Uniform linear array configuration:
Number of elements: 12
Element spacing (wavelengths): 0.25
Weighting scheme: exponential
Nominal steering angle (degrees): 15
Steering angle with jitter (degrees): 15.027
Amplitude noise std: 0.05
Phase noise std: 0.05

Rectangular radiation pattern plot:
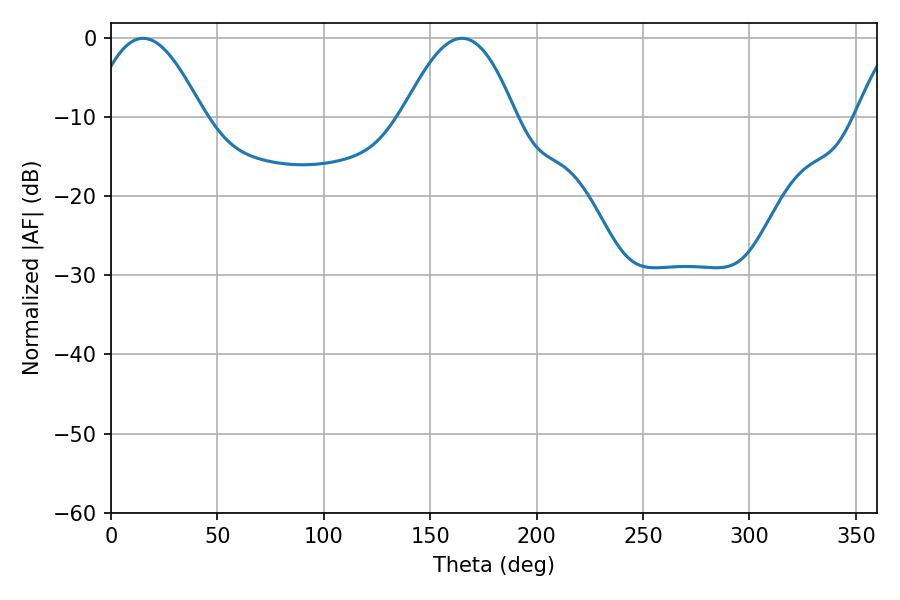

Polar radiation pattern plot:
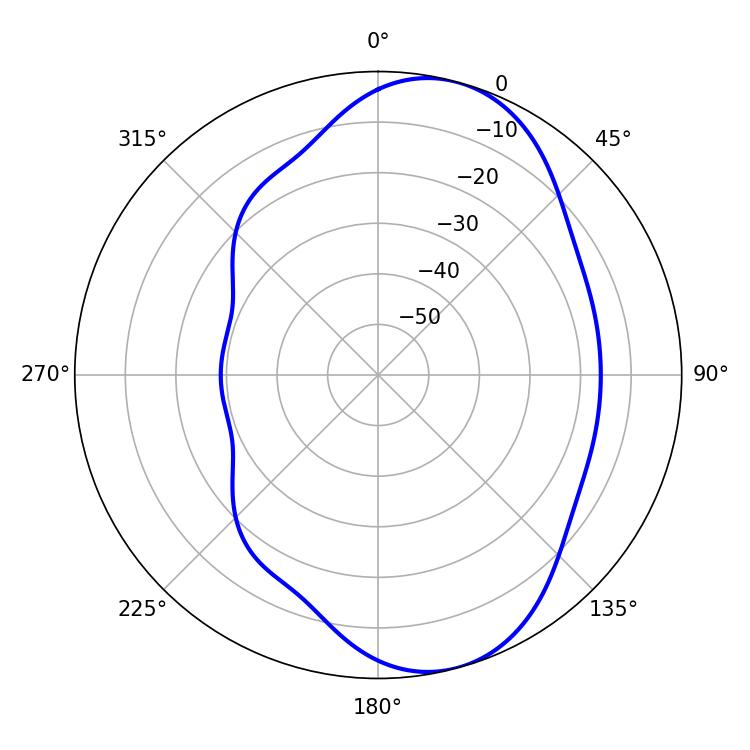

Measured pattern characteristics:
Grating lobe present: FALSE
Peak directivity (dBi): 7.888
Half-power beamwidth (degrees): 28.8
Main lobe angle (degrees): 15.12